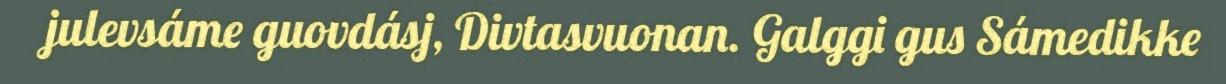
julevsáme guovdásj, Divtasvuonan. Galggi gus Sámedikke